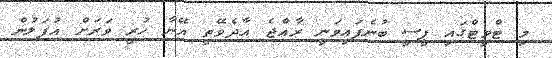
މި ޓްވީޓްގައި ޕީސީ ބުނެފައިވަނީ ރާއްޖެ އާދެވޭތީ އޭނާ ހުރީ ވަރަށް އުފަލުން